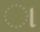
ા